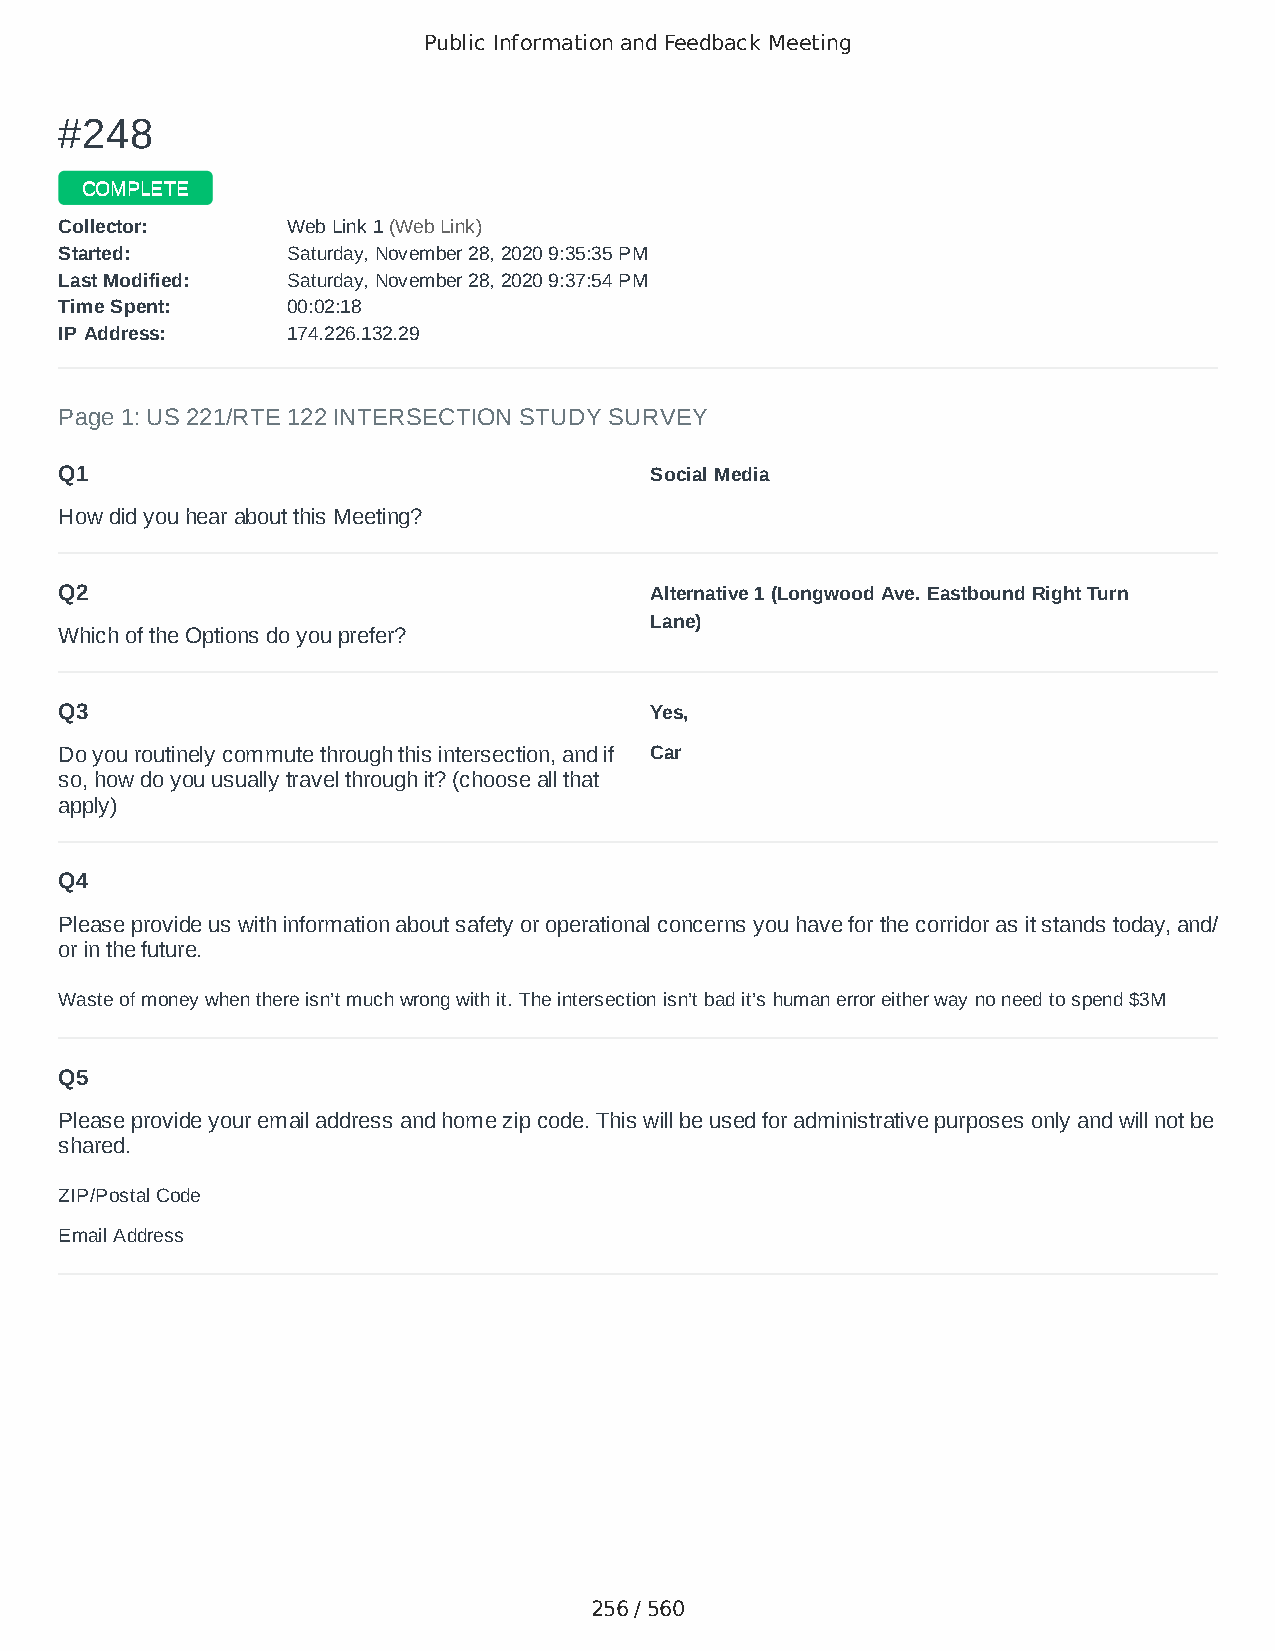
Public Information and Feedback Meeting
 ##224488
 CCOOMMPPLLEETTEE
 CCoolllleeccttoorr:: WWeebb LLiinnkk 11 ((WWeebb LLiinnkk))
 SSttaarrtteedd:: SSaattuurrddaayy,, NNoovveemmbbeerr 2288,, 22002200 99::3355::3355 PPMM
 LLaasstt MMooddiiffiieedd:: SSaattuurrddaayy,, NNoovveemmbbeerr 2288,, 22002200 99::3377::5544 PPMM
 TTiimmee SSppeenntt:: 0000::0022::1188
 IIPP AAddddrreessss:: 117744..222266..113322..2299
 Page 1: US 221/RTE 122 INTERSECTION STUDY SURVEY
 Q1                                     Social Media
 How did you hear about this Meeting?
 Q2                                     Alternative 1 (Longwood Ave. Eastbound Right Turn
 Lane)
 Which of the Options do you prefer?
 Q3                                     Yes,
 Do you routinely commute through this intersection, and if Car
 so, how do you usually travel through it? (choose all that
 apply)
 Q4
 Please provide us with information about safety or operational concerns you have for the corridor as it stands today, and/
 or in the future.
 Waste of money when there isn’t much wrong with it. The intersection isn’t bad it’s human error either way no need to spend $3M
 Q5
 Please provide your email address and home zip code. This will be used for administrative purposes only and will not be
 shared.
 ZIP/Postal Code                        24523
 Email Address                          cc@football@hotmail.com
 256 / 560